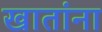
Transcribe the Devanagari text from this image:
खातांना